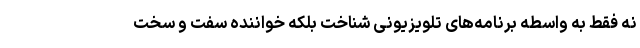
نه فقط به واسطه برنامه‌های تلویزیونی شناخت بلکه خواننده سفت و سخت